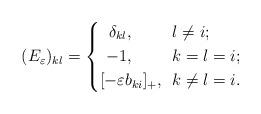
LaTeX: \begin{align*}(E_{\varepsilon})_{kl}=\left\{ \begin{aligned} \delta_{kl},{\hskip 0.7cm}&~~l\neq i;\\ -1,{\hskip 0.7cm}&~~k=l=i;\\ [-\varepsilon b_{ki}]_+,&~~k\neq l=i. \end{aligned}\right.\end{align*}